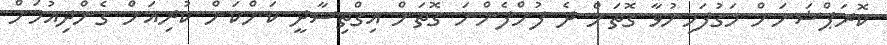
ކޮރަޕްޝަނަށް މަގުފަހިނުވާ ގޮތަށް ދެ ފުށްފެންނަ ގޮތަށް އިގްތިސާދީ ކަންކަން ކުރިއަށް ގެންދިއުމަށް